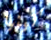
كينيا